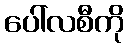
ပေါ်လစီကို